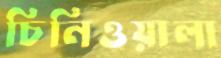
চিনিওয়ালা